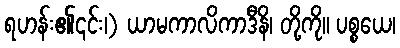
ရဟန်း၏၎င်း၊) ယာမကာလိကာဒီနိ၊ တို့ကို။ ပစ္စယေ၊